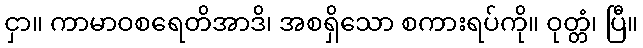
ငှာ။ ကာမာဝစရေတိအာဒိ၊ အစရှိသော စကားရပ်ကို။ ဝုတ္တံ၊ ပြီ။